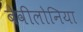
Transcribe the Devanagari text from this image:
बेवीलोनिया